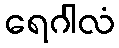
ရေဂါလံ